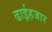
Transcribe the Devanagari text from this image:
ढाईहजार